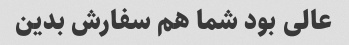
عالی بود شما هم سفارش بدین